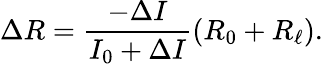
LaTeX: \Delta R=\frac{-\Delta I}{I_{0}+\Delta I}(R_{0}+R_{\ell}).